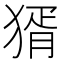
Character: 𤟠